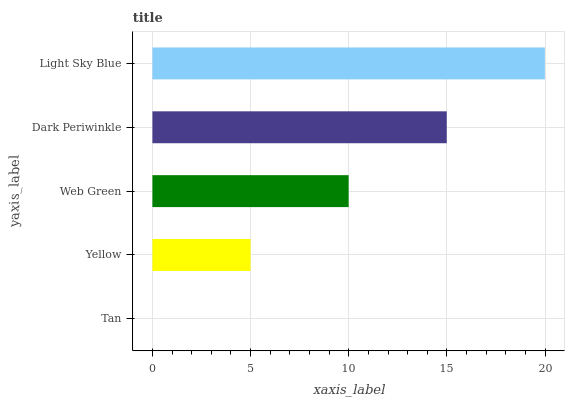
| yaxis_label | bars |
 | --- | --- |
 | Tan | 0 |
 | Yellow | 5 |
 | Web Green | 9.99 |
 | Dark Periwinkle | 15 |
 | Light Sky Blue | 20 |